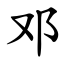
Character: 邓